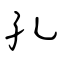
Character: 孔